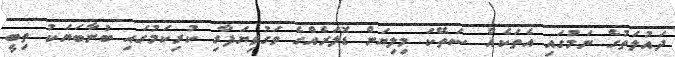
ދައުލަތުގެ ނަމުގައި އެތަކެއް ސަތޭކަ މިލިޔަން ޑޮލަރެއްގެ ވަގުވިޔަފާރި ކުރިކަމުގައި ބުނާބަޔަކު ތިބީ